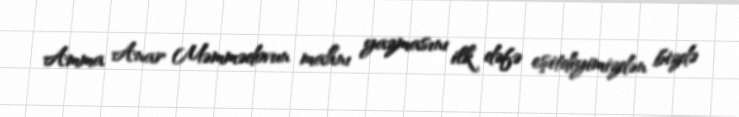
Amma Anar Məmmədovun mahnı yazmasını ilk dəfə eşitdiyimizdən bizdə